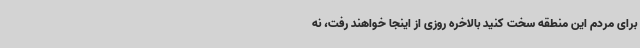
برای مردم این منطقه سخت کنید بالاخره روزی از اینجا خواهند رفت، نه